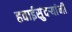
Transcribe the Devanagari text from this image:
हवाईसुंदर्‍यांंनी